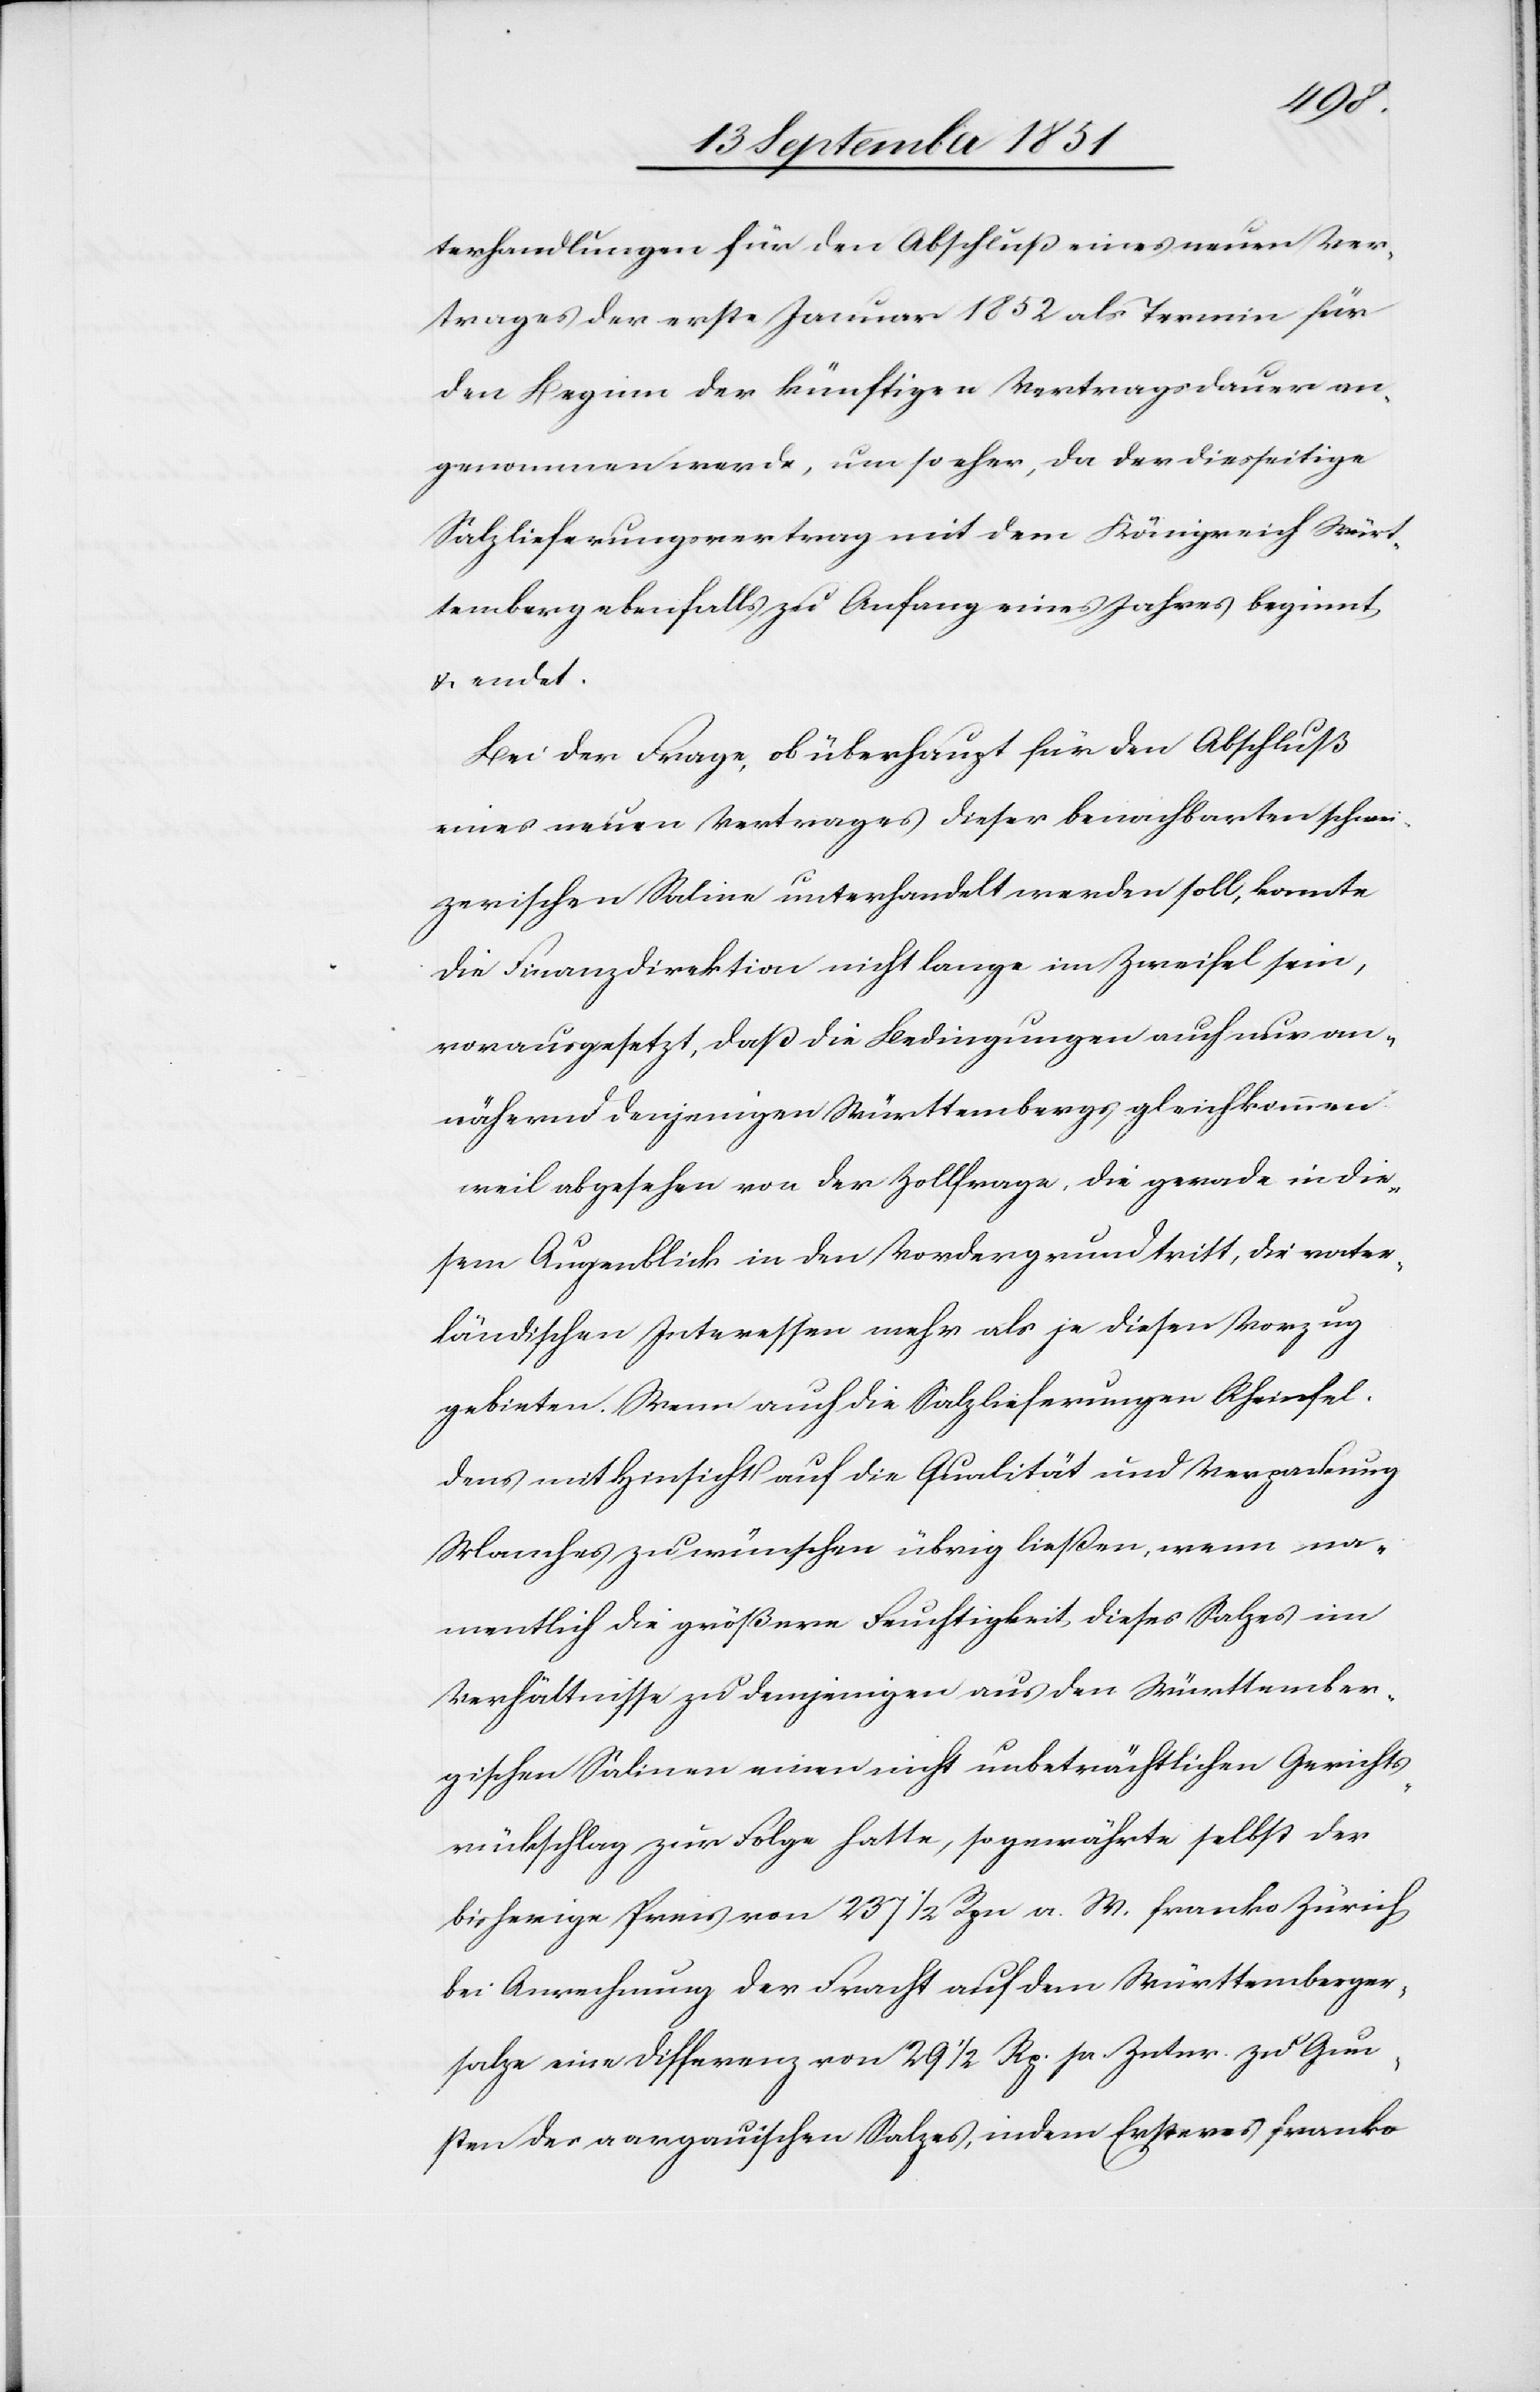
Gewichts¬
terhandlungen für den Abschluß eines neuen Ver¬
trages der erste Januar 1852 als Termin für
den Beginn der künftigen Vertragsdauer an¬
genommen werde, um so eher, da der diesseitige
Salzlieferungsvertrag mit dem Königreich Würt¬
temberg ebenfalls zu Anfang eines Jahres beginnt,
& endet.
Bei der Frage, ob überhaupt für den Abschluß
eines neuen Vertrages dieser benachbarten schwei¬
zerischen Saline unterhandelt werden soll, konnte
die Finanzdirektion nicht lange im Zweifel sein,
vorausgesetzt, daß die Bedingungen auch nur an¬
nähernd denjenigen Württembergs gleichkommen
weil abgesehen von der Zollfrage, die gerade in die¬
sem Augenblick in den Vordergrund tritt, die vater¬
ländischen Interessen mehr als je diesen Vorzug
gebieten. Wenn auch die Salzlieferungen Rheinfel¬
dens mit Hinsicht auf die Qualität und Verpackung
Manches zu wünschen übrig ließen, wenn na¬
mentlich die größere Fruchtigkeit dieses Salzes im
Verhältnisse zu demjenigen aus den Württember¬
gischen Salinen einen nicht unbeträchtlichen Gerichts¬
rückschlag] zur Folge hatte, so gewährte selbst der
bisherige Preis von 237 1/2 Rpn a. W. franko Zürich
bei Anrechnung der Fracht auf den Württemberger¬
salze eine Differenz von 29 1/2 Rp. pr. Zntnr. zu Gun¬
sten des aargauischen Salzes, indem Ersteres franko